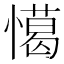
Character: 𢢖